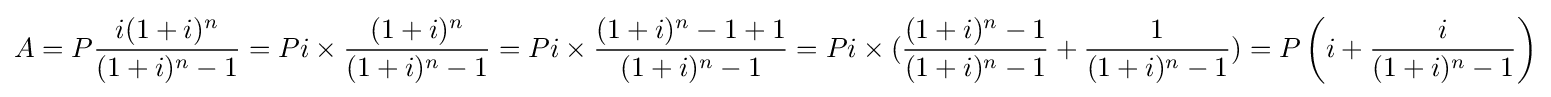
A=P{\frac {i(1+i)^{n}}{(1+i)^{n}-1}}=Pi\times {\frac {(1+i)^{n}}{(1+i)^{n}-1}}=Pi\times {\frac {(1+i)^{n}-1+1}{(1+i)^{n}-1}}=Pi\times ({\frac {(1+i)^{n}-1}{(1+i)^{n}-1}}+{\frac {1}{(1+i)^{n}-1}})=P\left(i+{\frac {i}{(1+i)^{n}-1}}\right)